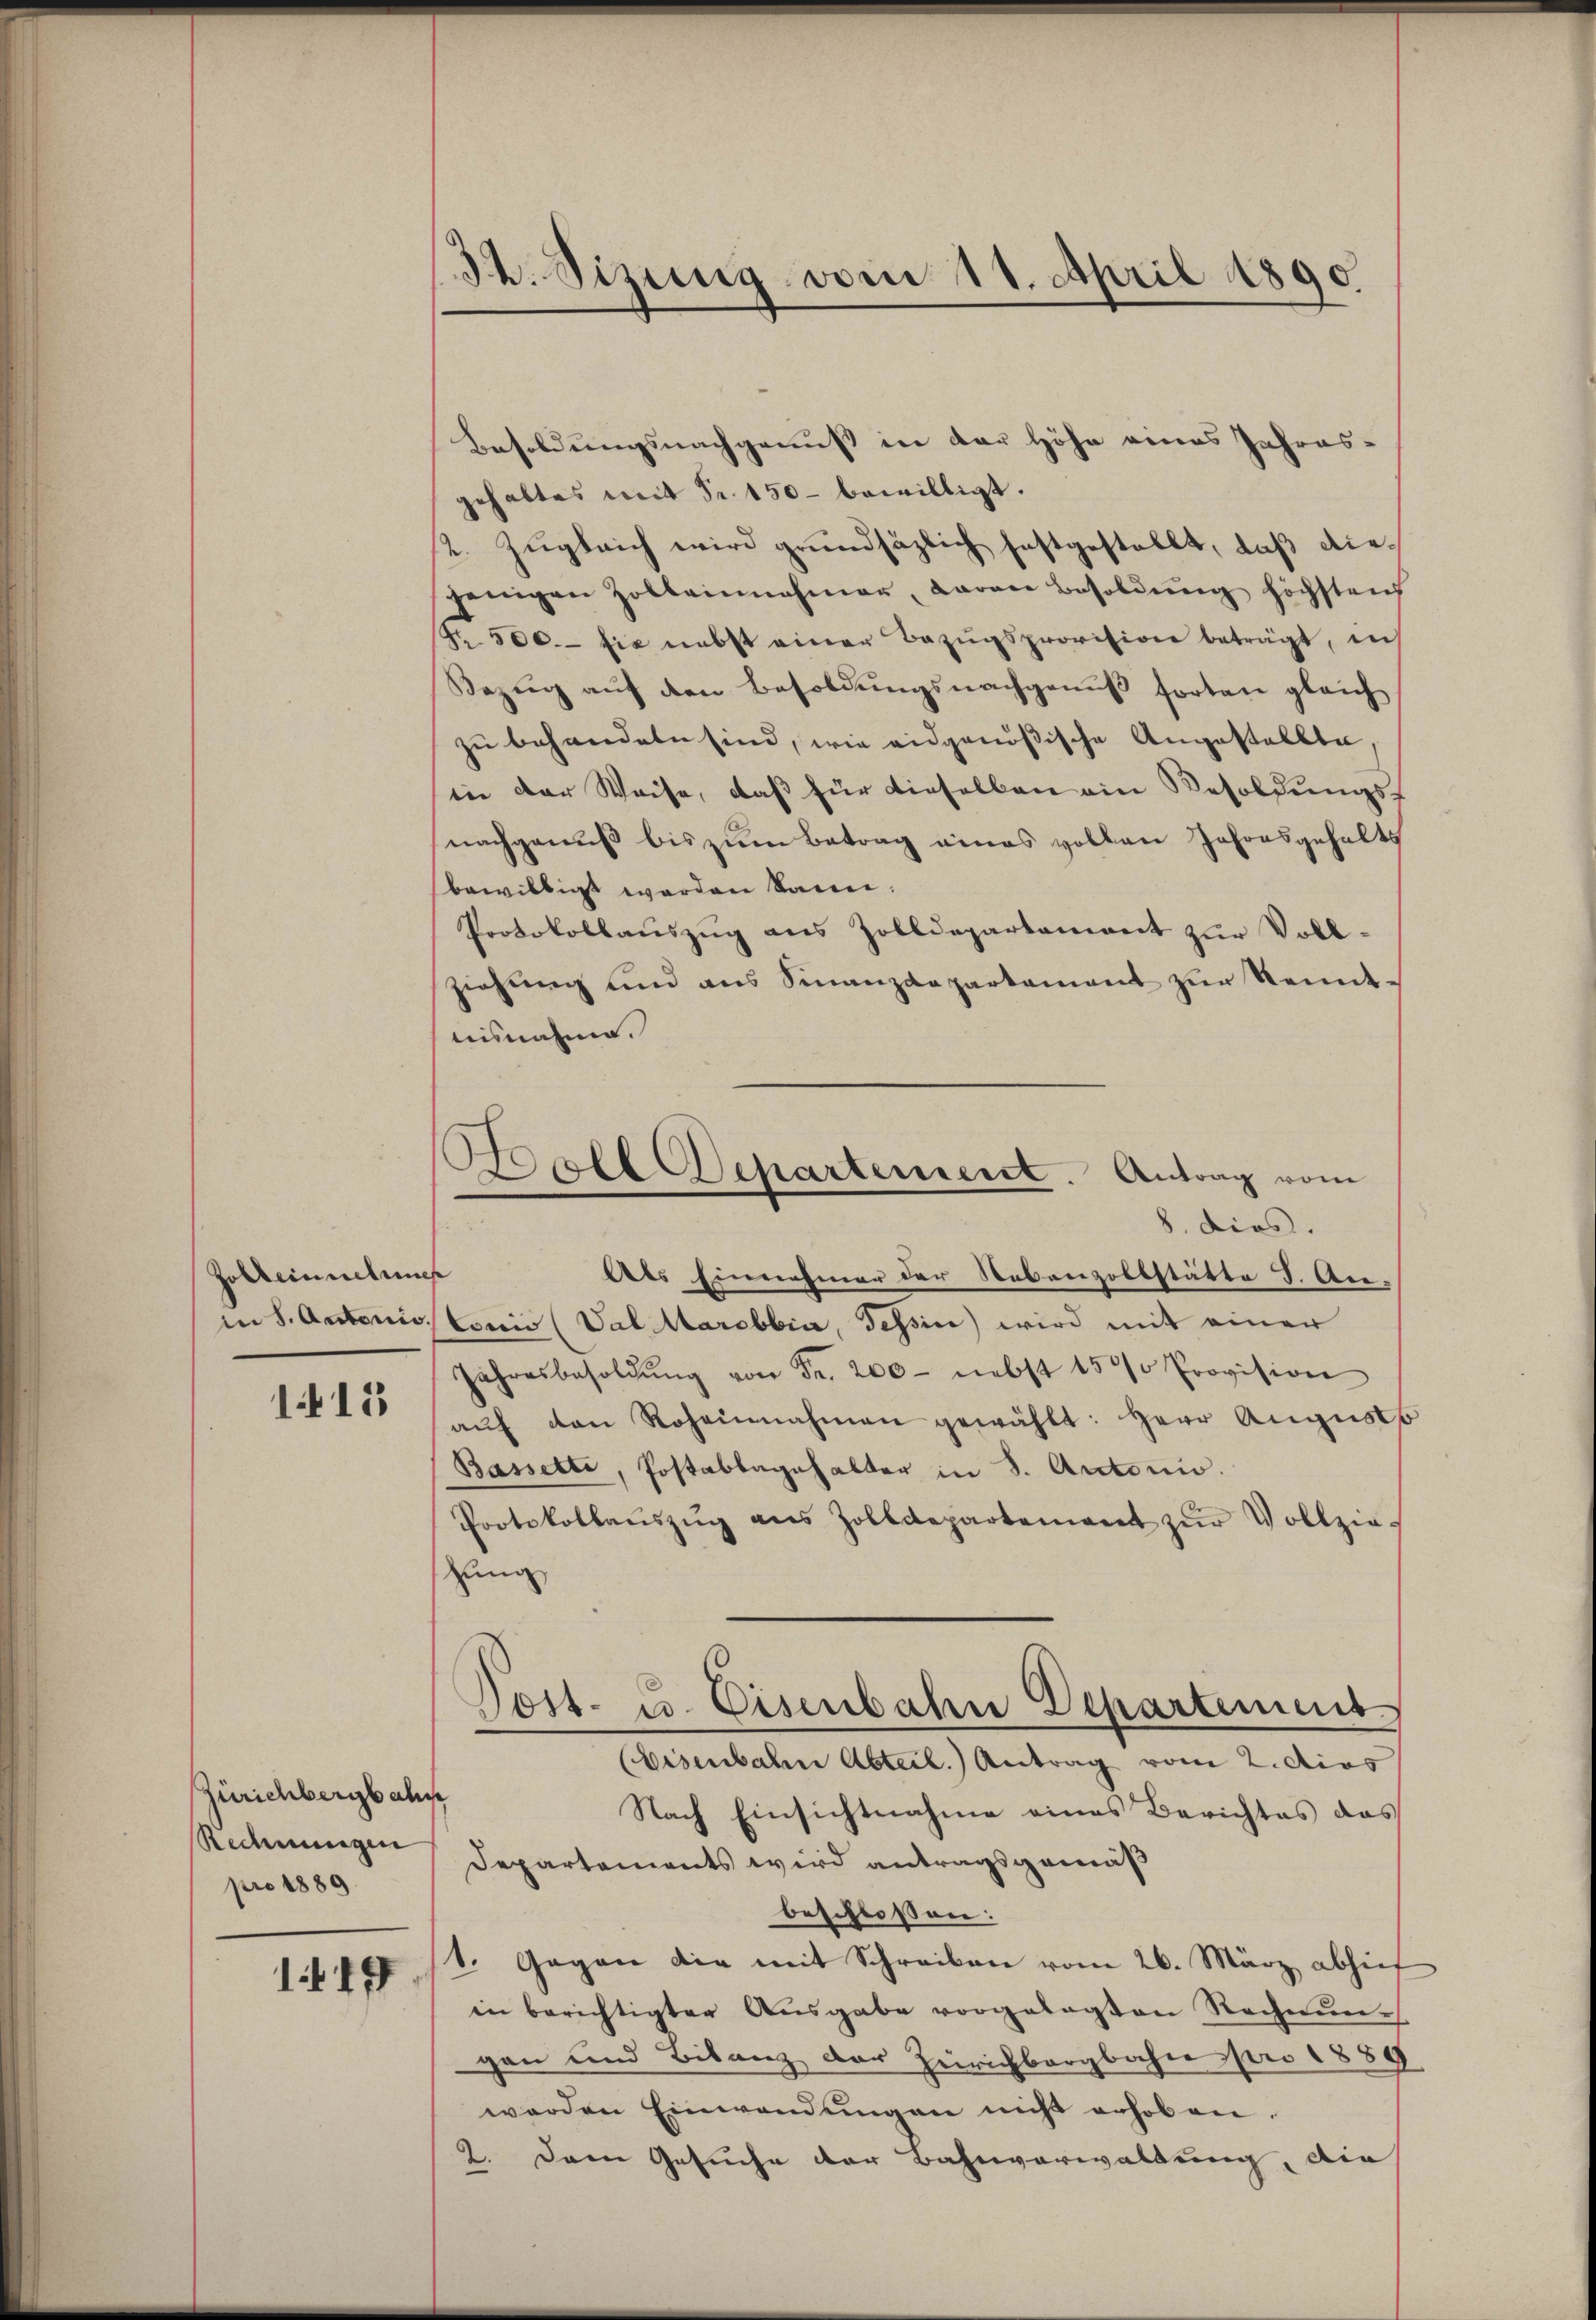
Zolbeinsehun
in S. Antonis.

1415

Zürichbergbahn
Rechnungen
pro 1889
117

32. Sizung vom 11. April 1890.

Boll Departement. Antrag vom
8. dies.

Besoldungsnachgenuß in der Höhe eines Jahreschaltes mit Fr. 150 bewilligt.
2. Zugleich wird grundsätzlich festgestellt, daß diejenigen Zoltennahmer, daran Besoldŭng höchstens
Nr. 500. sie nebst einer Bezŭgsprovision beträgt, in
Bezŭg aŭf den Besoldŭngsnachgenŭβ forten gleich
zu behandeln sind, wie eidgenößische Angestellte,
in der Weise, daß für dieselben ein Besoldungsnachgenuß bis zum Betrag eines vollen Jahresgehalts
bewilligt worden kann.
Protokollaŭszŭg ans Zolldepartament zŭr Voll-
ziehŭng und ans Finanzdepartament zŭr Kennt.
nisnahme.
e
des Einnahmer der Nebenzollstätte I. Antonio (Val Marebbia, Tessin wird mit einer
Jahresbesoldŭng von Fr. 200 nebst 15 % Provision
aŭf den Roheinahmen gewählt: Herr Augusts
Basselte, Postablagehalter in 3. Autorio.
Protokollaŭszŭg als Zolldepartement zŭr Vollziehung
Post- u. Eisenbahn Departement
(Eisenbahn Abteil. Antrag vom 2. dies
Nach Einsichtnahme eines Berichtes das
Departements wird antragsgemäß
beschlossen:
1. Gegen die mit Schreiben vom 26. März abhief
in berichtigter Ausgabe vorgelegten Rechnun-
gen und Bilanz der Zürichbergbahn pro 1889
werden Einwendŭngen nicht erhoben.
2. Dann Gesuche der Bahnverwaltung, die